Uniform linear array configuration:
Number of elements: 24
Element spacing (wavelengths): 0.5
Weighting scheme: cosine
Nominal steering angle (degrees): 30
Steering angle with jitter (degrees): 30.328
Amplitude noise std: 0.05
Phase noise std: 0.05

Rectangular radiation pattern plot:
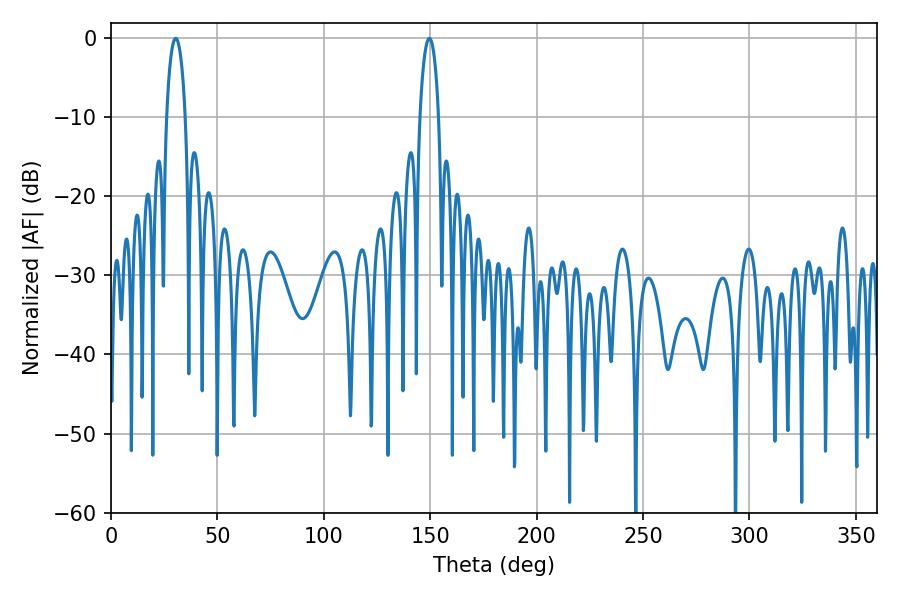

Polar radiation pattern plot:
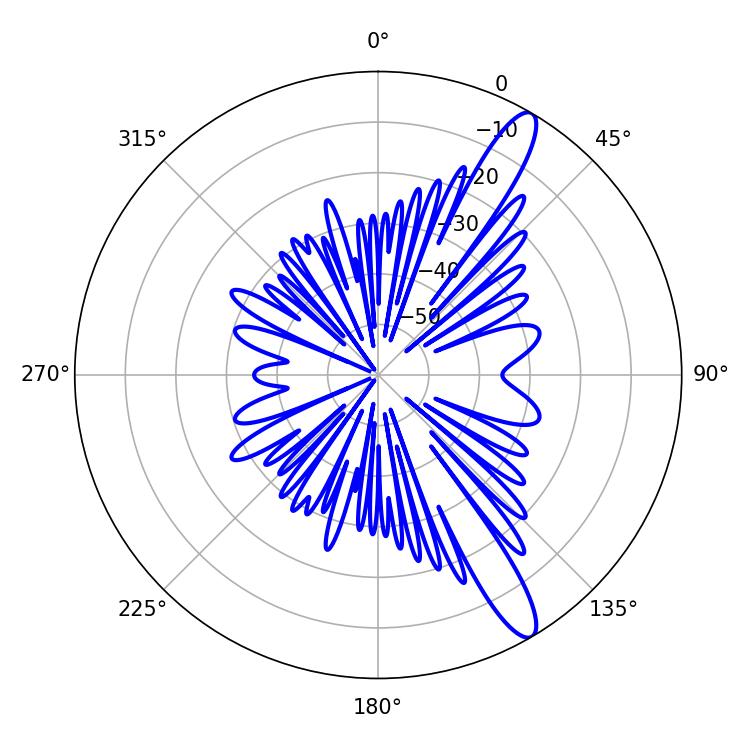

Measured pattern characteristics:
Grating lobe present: FALSE
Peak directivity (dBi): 13.067
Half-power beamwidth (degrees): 5.04
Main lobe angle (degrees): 30.42